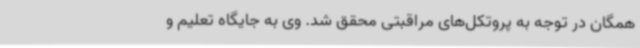
همگان در توجه به پروتکل‌های مراقبتی محقق شد. وی به جایگاه تعلیم و